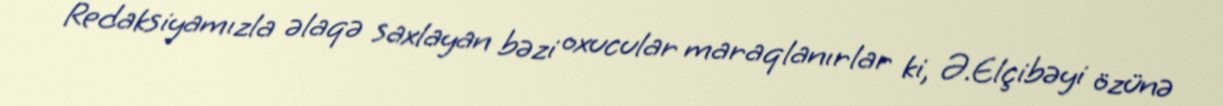
Redaksiyamızla əlaqə saxlayan bəzi oxucular maraqlanırlar ki, Ə.Elçibəyi özünə